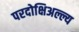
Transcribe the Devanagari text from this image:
परदोक्षिअल्ल्य